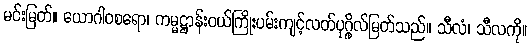
မင်းမြတ်။ ယောဂါဝစရော၊ ကမ္မဋ္ဌာန်းဝယ်ကြိုးပမ်းကျင့်လတ်ပုဂ္ဂိုလ်မြတ်သည်။ သီလံ၊ သီလကို။